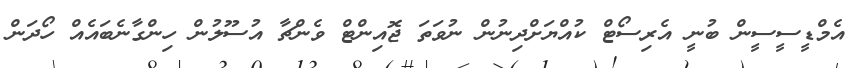
އެމްޑީސީސީން ބުނީ އެރިސޯޓް ކުއްޔަށްދިނުން ނުވަތަ ޖޮއިންޓް ވެންޗާ އުސޫލުން ހިންގާނެބައެއް ހޯދަން